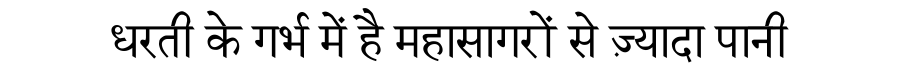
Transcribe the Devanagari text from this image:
धरती के गर्भ में है महासागरों से ज़्यादा पानी